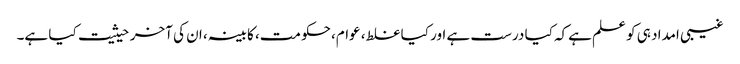
غیبی امداد ہی کو علم ہےکہ کیا درست ہے اور کیا غلط، عوام، حکومت، کابینہ، ان کی آخر حیثیت کیا ہے۔